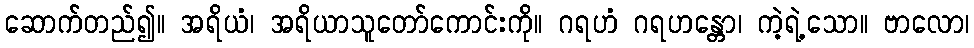
ဆောက်တည်၍။ အရိယံ၊ အရိယာသူတော်ကောင်းကို။ ဂရဟံ ဂရဟန္တော၊ ကဲ့ရဲ့သော။ ဗာလော၊